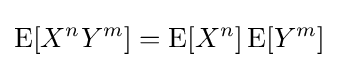
\operatorname {E} [X^{n}Y^{m}]=\operatorname {E} [X^{n}]\operatorname {E} [Y^{m}]